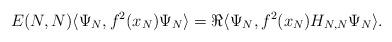
LaTeX: \begin{align*} E(N,N) \langle \Psi_N, f^2(x_N) \Psi_N\rangle = \Re \langle \Psi_N, f^2(x_N) H_{N,N} \Psi_N \rangle.\end{align*}